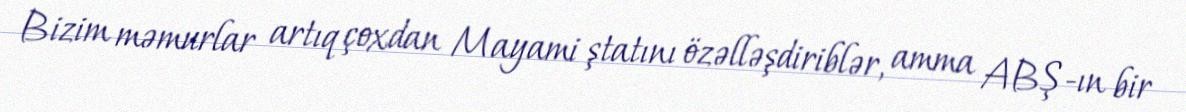
Bizim məmurlar artıq çoxdan Mayami ştatını özəlləşdiriblər, amma ABŞ-ın bir